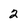
Character: 2